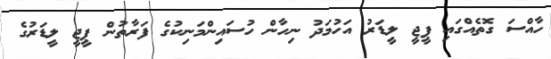
ހާއްސަ ގޮތެއްގައި ޕީޖީ ލީޑަރު އަހުމަދު ނިހާން ހުސައިންމަނިކުގެ ފަރާތުން ޕީޖީ ލީޑަރުގެ